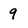
Character: 9